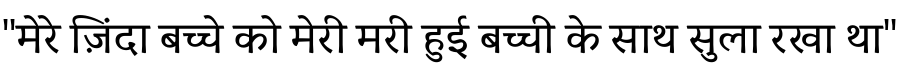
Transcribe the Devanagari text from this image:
''मेरे ज़िंदा बच्चे को मेरी मरी हुई बच्ची के साथ सुला रखा था''